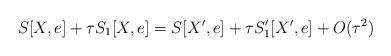
LaTeX: \begin{align*}S[X,e] + \tau S_1[X,e] = S[X',e] + \tau S'_1[X',e] + O(\tau^2)\end{align*}